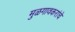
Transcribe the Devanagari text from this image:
मुळगावकरांचे